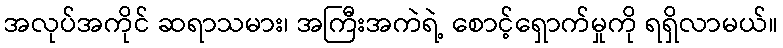
အလုပ်အကိုင် ဆရာသမား၊ အကြီးအကဲရဲ့ စောင့်ရှောက်မှုကို ရရှိလာမယ်။